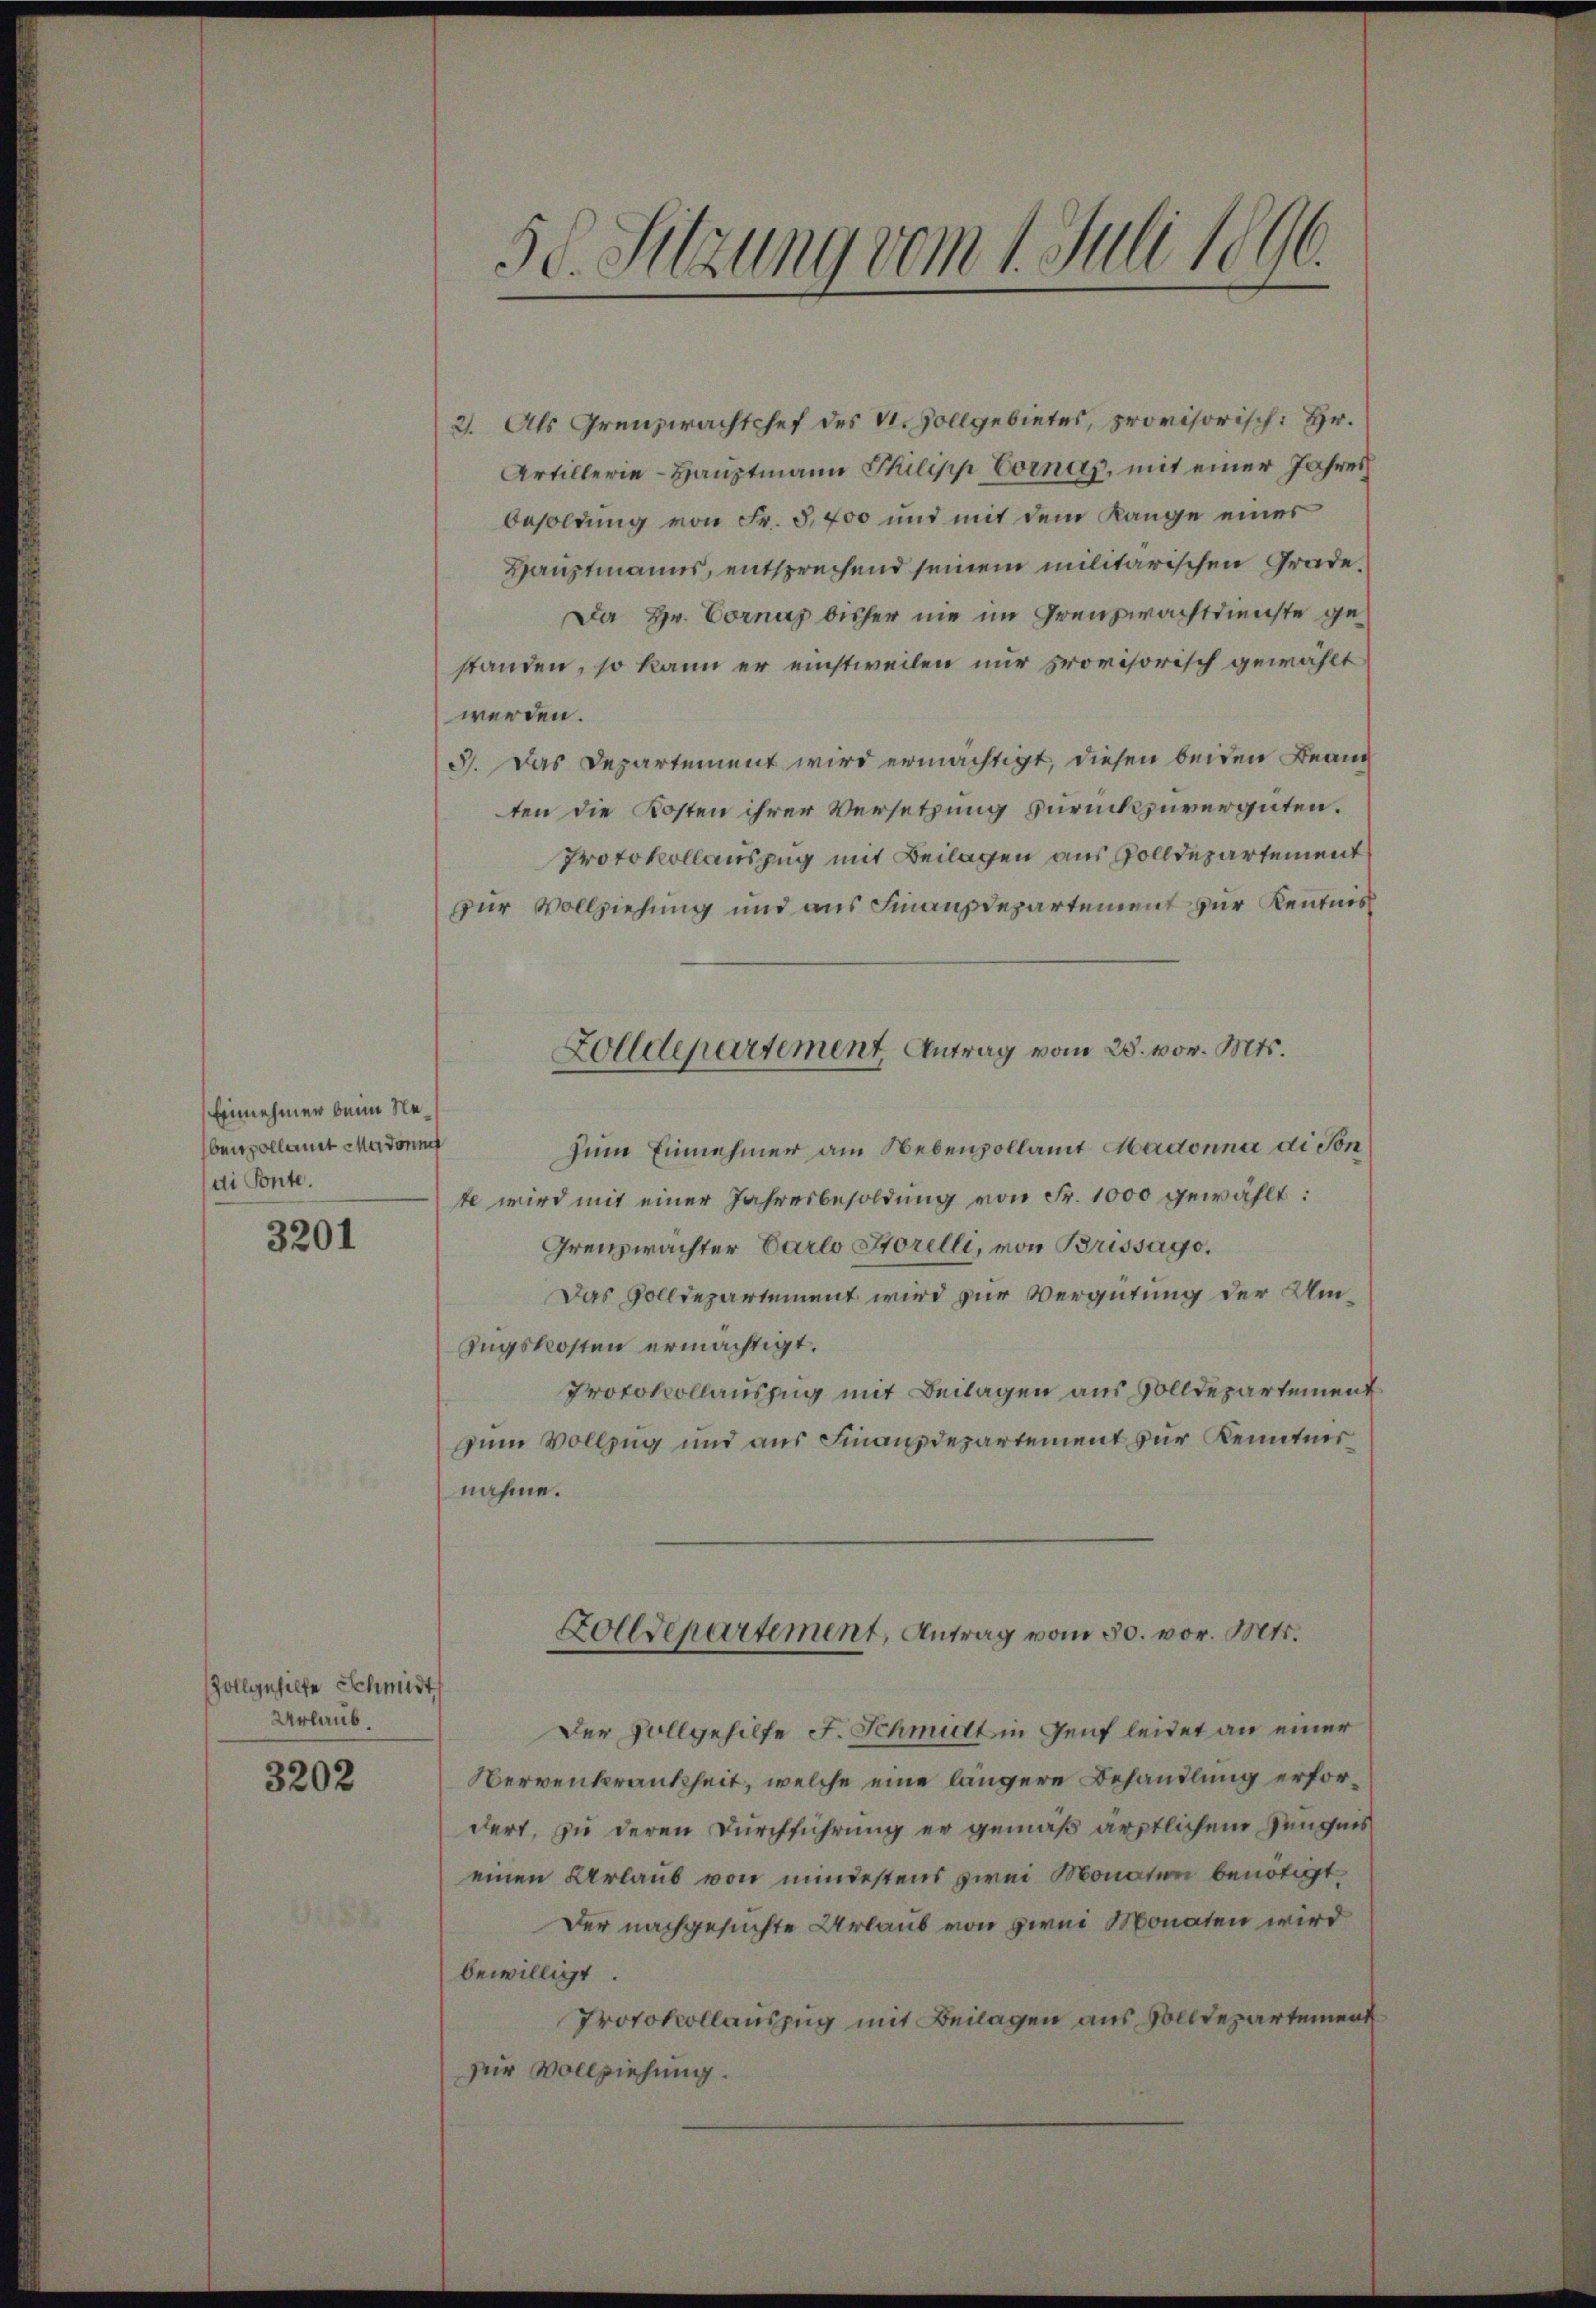
Einnehmen beim Nebenpollamt Madonne
di Ponte.

3201

Zollgeselte Schmidt
Urlaub.
3202

s
50. Sitzung vom 1. Juli 1816.

2. Als Grenzwachtchef des V. Zollgebietes, provisorisch: Hr.
Artillerie-Hauptmann Philipp Eornas, mit einer Jahres
Besoldung von Fr. 8,700 und mit dem Range eines
Hauptmanns, entsprechend seinem militarischen Grade¬
Da Hr. Vornas bisher nie im Grenzwachtdienste gestanden, so kann er einstweilen nur provisorisch gewählt
werden.
3. Das Departement wird ermächtigt, diesen beiden Bean
ten die Kosten ihrer Versetzung zurückzuvergüten.
Protokollauszug mit Beilagen aus Zolldepartement
zur Vollziehung und aus Finanzdepartement zur Kenntnis
Zum Einnehmer am Nebenzollamt Madonna di Son
te wird mit einer Jahresbesoldung von Fr. 1000 gewählt:
Grenzwachter Carlo Storelli, von Brissago.
Das Volldepartement wird zur Vergütung der Um¬
Zugskosten ermächtigt.
Protokollauszug mit Beilagen aus Solldepartement
zum Vollzug und aus Finanzdepartement zur Kenntnis
nahme.
Zolldepartement, Antrag vom 30. vor. Mts.
Der Vollgehilfe F. Schmidt in Genf leidet an einer
Nervenkrankheit, welche eine längere Behandlung erfordert, zu deren Durchführung er gemäß ärztlichem Zeugnis
einen Urlaub von mindestens zwei Monaten benötigt,
Der nachgesuchte Urlaub von zwei Monaten wird
bewilligt
Protokollauszug mit Beilagen aus Solldepartement
Dr Vollziehung.

Zolldepartement Antrag vom 28. vor. Mts.